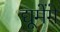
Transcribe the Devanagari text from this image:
द्यूमेंगे